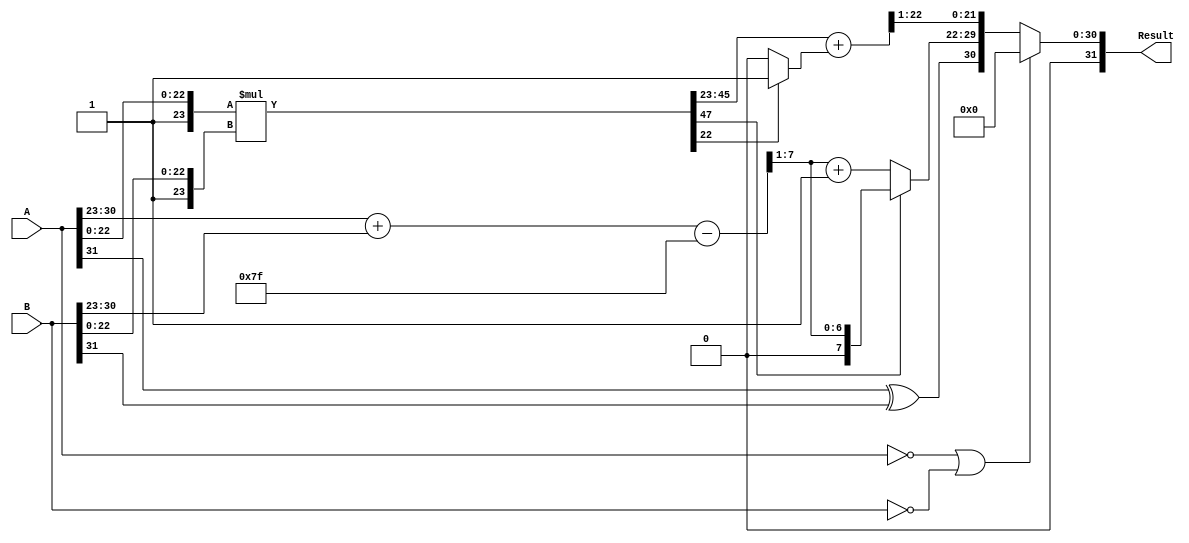
module floating_point_multiplier (
    input  wire [31:0] A, // First floating-point operand
    input  wire [31:0] B, // Second floating-point operand
    output reg  [31:0] Result // Result of multiplication
);

    // Constants
    localparam BIAS = 8'd127;
    localparam EXPONENT_WIDTH = 8;
    localparam MANTISSA_WIDTH = 23;

    // Extract sign, exponent, and mantissa from A
    wire sign_A = A[31];
    wire [EXPONENT_WIDTH-1:0] exponent_A = A[30:23];
    wire [MANTISSA_WIDTH-1:0] mantissa_A = A[22:0];
    
    // Extract sign, exponent, and mantissa from B
    wire sign_B = B[31];
    wire [EXPONENT_WIDTH-1:0] exponent_B = B[30:23];
    wire [MANTISSA_WIDTH-1:0] mantissa_B = B[22:0];

    // Sign calculation
    wire sign_result = sign_A ^ sign_B;

    // Exponent calculation
    wire [EXPONENT_WIDTH:0] exponent_sum = {1'b0, exponent_A} + {1'b0, exponent_B} - BIAS;
    wire [EXPONENT_WIDTH-1:0] exponent_result = exponent_sum[EXPONENT_WIDTH-1:1]; // Take the upper 8 bits

    // Mantissa calculation
    wire [MANTISSA_WIDTH:0] mantissa_A_norm = {1'b1, mantissa_A}; // Normalize A's mantissa
    wire [MANTISSA_WIDTH:0] mantissa_B_norm = {1'b1, mantissa_B}; // Normalize B's mantissa

    wire [47:0] mantissa_product = mantissa_A_norm * mantissa_B_norm; // 24 * 24 = 48 bits

    // Normalization of mantissa product
    reg [MANTISSA_WIDTH:0] mantissa_result;
    reg [EXPONENT_WIDTH:0] exponent_adjusted;
    
    always @(*) begin
        if (mantissa_product[47]) begin
            // Already normalized
            mantissa_result = mantissa_product[46:MANTISSA_WIDTH]; // Take the upper 23 bits
            exponent_adjusted = exponent_result;
        end else begin
            // Need to normalize by shifting right
            mantissa_result = mantissa_product[45:MANTISSA_WIDTH]; // Take the upper 23 bits after shift
            exponent_adjusted = exponent_result + 1; // Increment exponent
        end
    end

    // Rounding (round to nearest even)
    wire round_bit = mantissa_product[MANTISSA_WIDTH-1]; // The bit that determines rounding
    wire [MANTISSA_WIDTH-1:0] mantissa_rounded = mantissa_result + (round_bit ? 1'b1 : 1'b0);

    // Output assembly
    always @(*) begin
        // Handle zero inputs
        if (A == 32'b0 || B == 32'b0) begin
            Result = 32'b0;
        end else begin
            Result = {sign_result, exponent_adjusted[EXPONENT_WIDTH-1:0], mantissa_rounded[MANTISSA_WIDTH-1:1]};
        end
    end

endmodule